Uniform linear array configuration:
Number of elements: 12
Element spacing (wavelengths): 0.25
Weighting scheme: kaiser
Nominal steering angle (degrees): -60
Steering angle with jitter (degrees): -60.981
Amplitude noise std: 0.05
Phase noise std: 0.05

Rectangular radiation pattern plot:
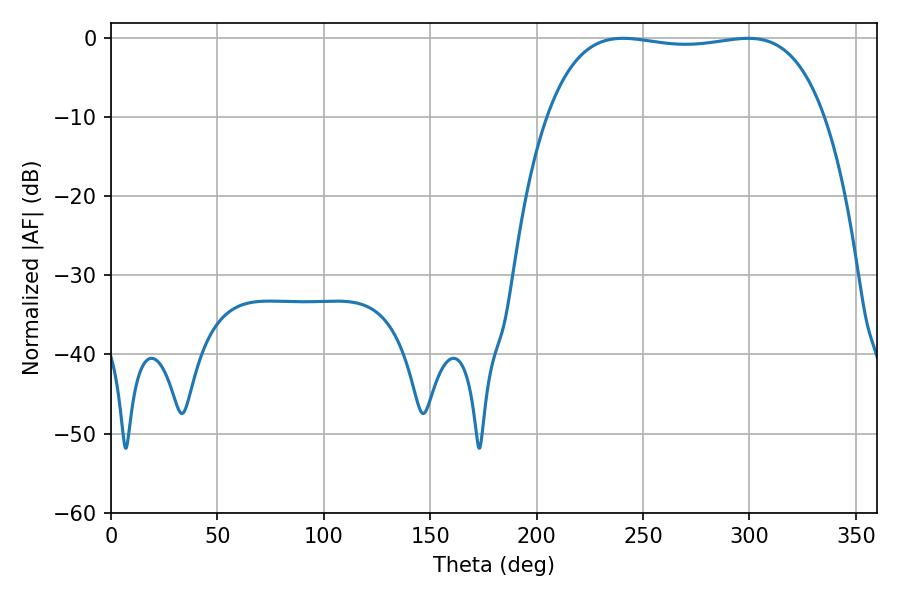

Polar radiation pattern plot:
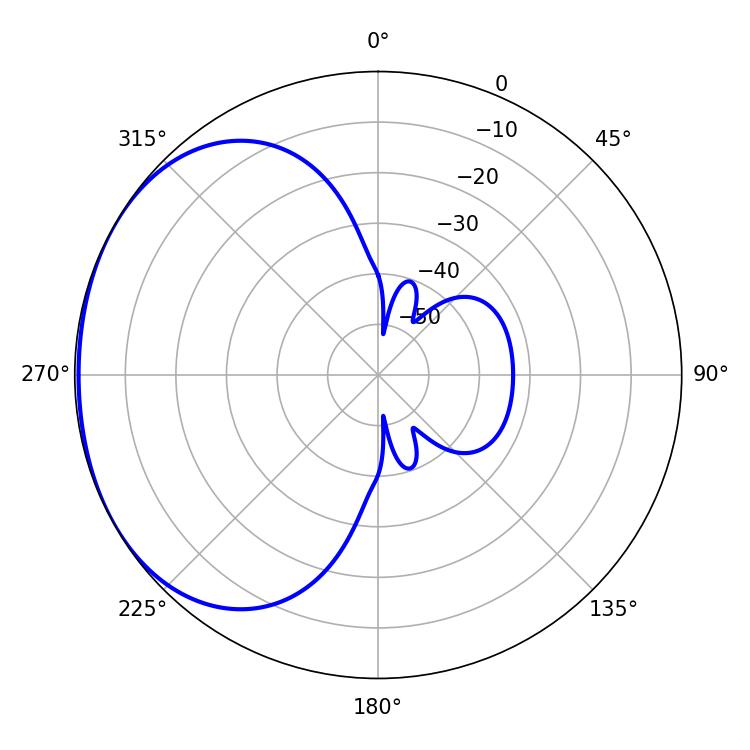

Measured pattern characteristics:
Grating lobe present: FALSE
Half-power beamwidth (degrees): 104.04
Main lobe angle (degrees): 240.48